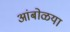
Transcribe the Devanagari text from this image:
आंबोळया